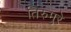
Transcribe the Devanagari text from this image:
तिरुमुरे